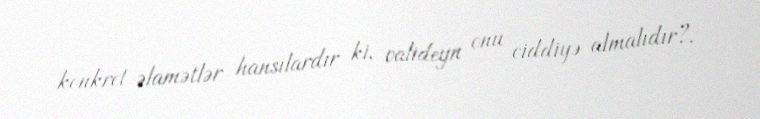
konkret əlamətlər hansılardır ki, valideyn onu ciddiyə almalıdır?.